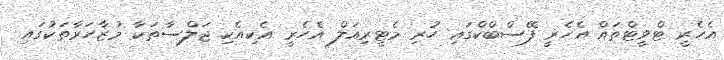
އެހެރީ ޓްވީޓްތައް އެހެރީ ފޭސްބްކްގައި ހުރި މެޓީރިއަލް އެހެރީ އެކިއެކި ޖަލްސާތަކާ މުޒާހަރާތަކުގައި